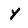
Character: Y